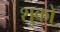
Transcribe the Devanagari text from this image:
शुको